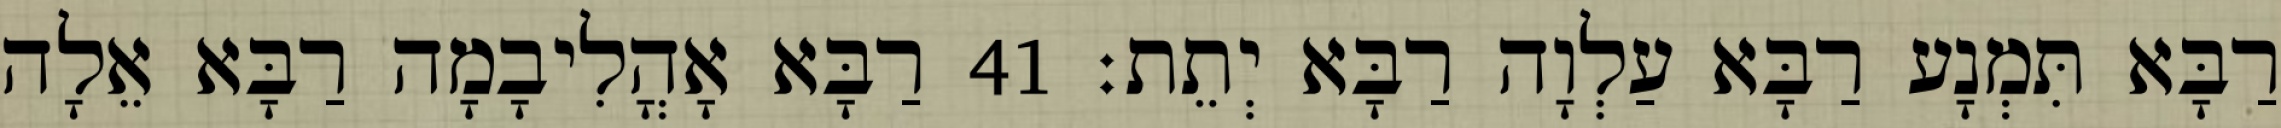
רַבָּא תִּמְנָע רַבָּא עַלְוָה רַבָּא יְתֵת׃ 41 רַבָּא אָהֳלִיבָמָה רַבָּא אֵלָה